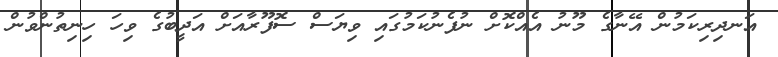
އަނދިރިކަމުން އޭނާގެ މޫނު އެއްކޮށް ނުފެނުކަމުގައި ވިޔަސް ސޮފޫރާއަށް އަދީބުގެ ވިހަ ހިނިތުންވުން